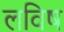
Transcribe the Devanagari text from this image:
लविष